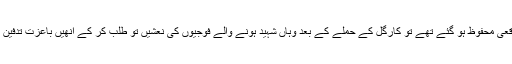
اگر ہم واقعی محفوظ ہو گئے تھے تو کارگل کے حملے کے بعد وہاں شہید ہونے والے فوجیوں کی نعشیں تو طلب کر کے اُنھیں باعزت تدفین کر لیتے۔